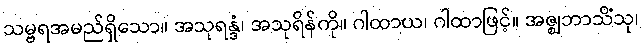
သမ္ဗရအမည်ရှိသော။ အသုရန္ဒံ၊ အသုရိန်ကို။ ဂါထာယ၊ ဂါထာဖြင့်။ အဇ္ဈဘာသိံသု၊